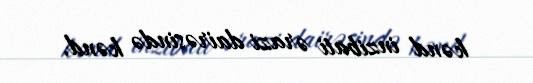
kənd inzibati ərazi dairəsində kənd.